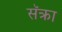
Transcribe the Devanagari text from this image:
सॅक्रा